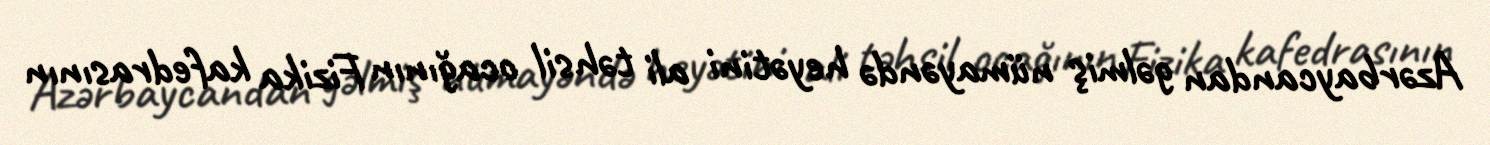
Azərbaycandan gəlmiş nümayəndə heyətini ali təhsil ocağının Fizika kafedrasının